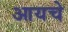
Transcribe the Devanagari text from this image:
आयचे